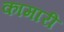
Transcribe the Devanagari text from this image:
कामारी